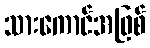
သားကောင်အဖြစ်